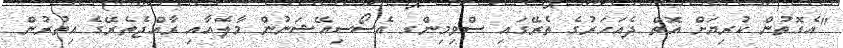
"އެގޮތުން ކުރިޔަށް އޮތް ދެއަހަރުގެ ތެރޭގައި ސްވިމިންގ އެސޯސިއޭޝަނުން މާލެއާއި ރާއްޖެތެރޭގެ އިތުރުން